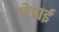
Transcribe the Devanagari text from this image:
लेप्राई